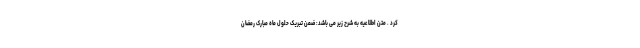
کرد . متن اطلاعیه به شرح زیر می باشد: ضمن تبریک حلول ماه مبارک رمضان